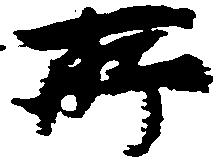
所